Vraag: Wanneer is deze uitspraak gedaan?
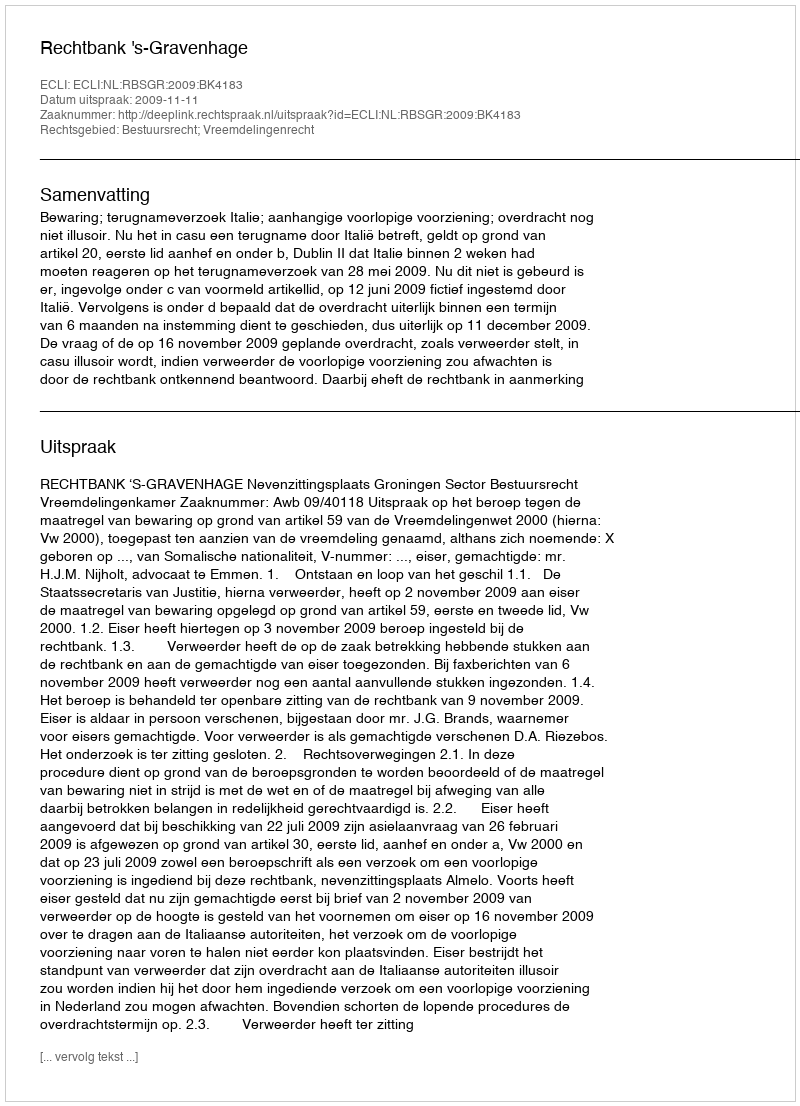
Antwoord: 2009-11-11